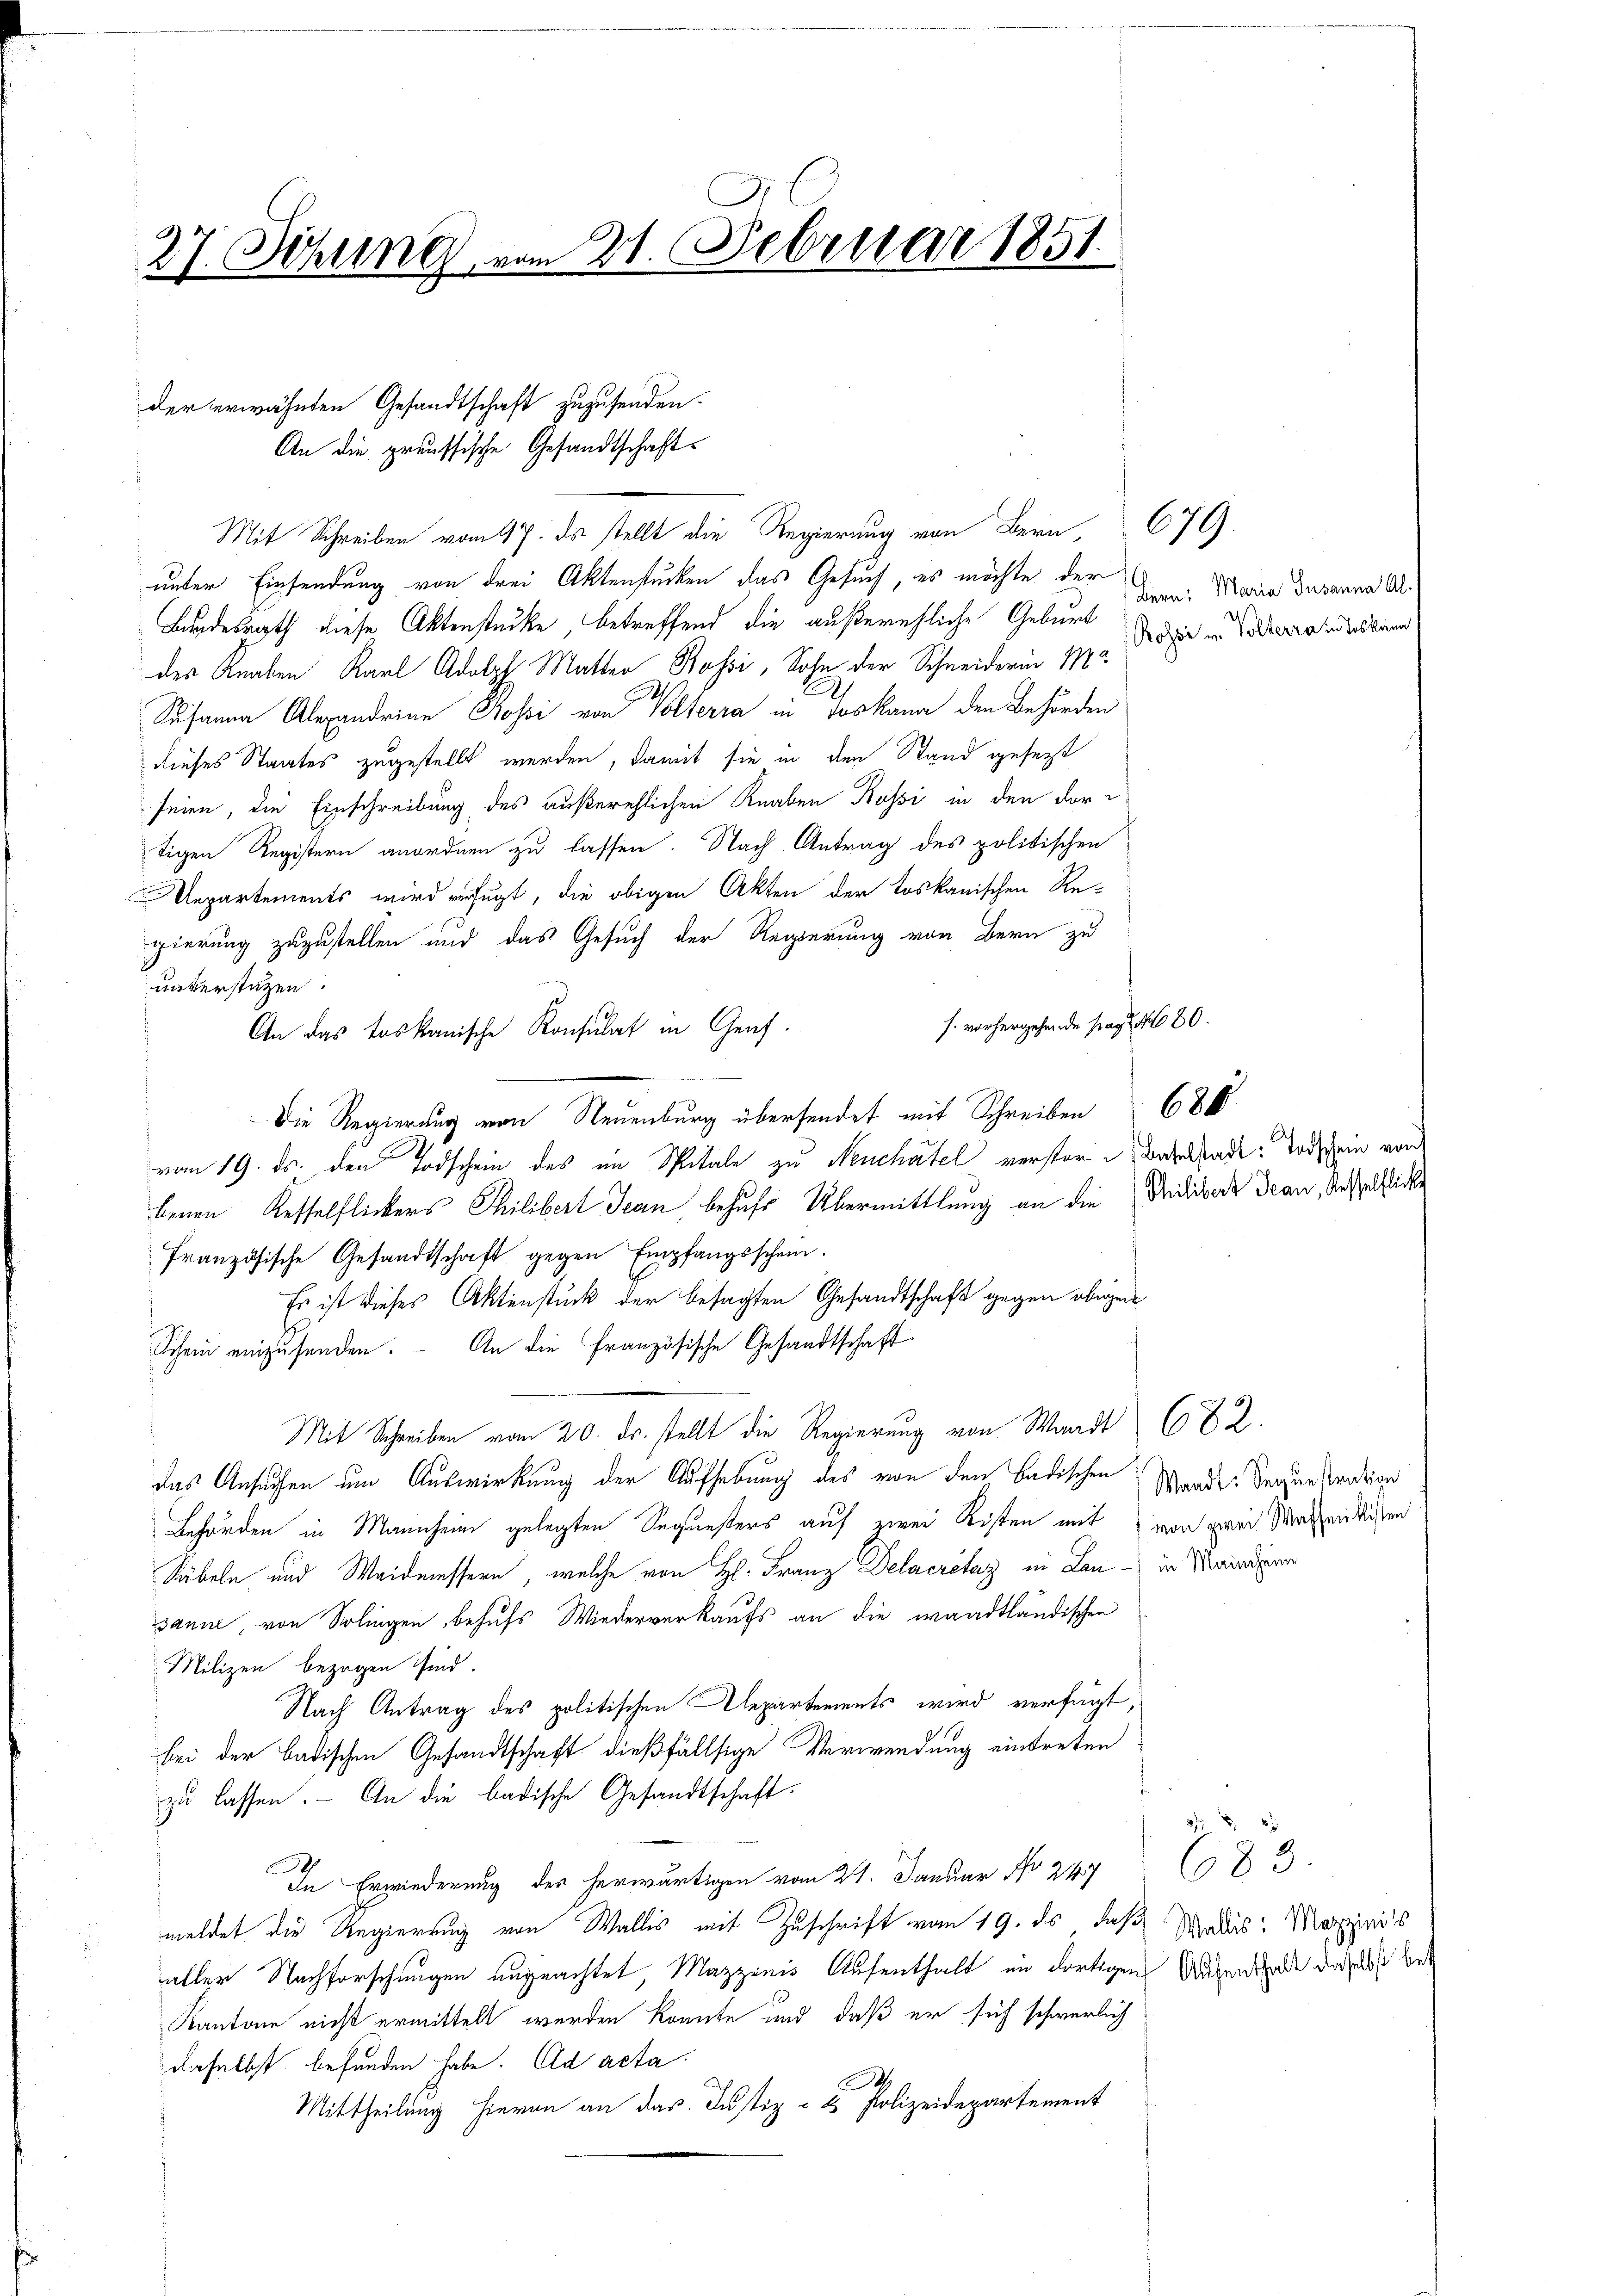
27. Sitzung vom 21. Februar 1851.

An die preussische Gesandtschaft¬

der erwähnten Gesandtschaft zuzusenden.

Mit Schreiben vom 17. ds stellt die Regierung von Bern 679.
unter Einsendung von drei Aktenstücken das Gesuch, es möchte der
Bundesrath diese Aktenstücke, betreffend die außerehliche Geburt
des Knaben Karl Adolph Matter Bossi, Sohn der Schneiderin M
Susanna Alexandrine Rossi von Volterra in das kann den Behörden
dieses Staates zugestellt werden, damit sie in den Stand gesezt
seien, die Einschreibung des außerehlichen Knaben Kossi in den dortigen Registern anordnen zu lassen. Nach Antrag des politischen
Aepartements wird verfügt, die obigen Akten der toskanischen Re-
gierung zuzustellen und das Gesuch der Regierung von Bern zu
unterstützen.
s. vorhergehende pag. 4680.
An das toskanische Konsulat in Graf.
Die Regierung von Neuenburg übersendet mit Schreiben 680
vom 19. ds. den Todschein des im Spitale zu Neuchatel verstor Barkadt: Todschein von
benen Kesselflickers Thilibert Jean, behufe Übermittlung an die idiors Dran, Testaltlic
französische Gesandtschaft gegen Empfangsschein.
Es ist dieses Aktenstück der besagten Gesandtschaft gegen obigen
Schein einzusenden. – An die Französische Gesandtschaft
Mit Schreiben vom 20. ds. stellt die Regierung von Waadt 682.
das Ansuchen um Auswirkung der Aufhebung des von den Badischen Wande Segen stration
Behörden in Mannheim gelegten Sequesters auf zwei Kosten mit von zwei Maschenkisten
Säbeln und Waidmessern, welche von H. Franz Delacrétaz in Lan - in Mannern
sanne, von Solingen, behufs Wiederverkaufs an die waadtländischen
Milizei bezogen sind.
Nach Antrag des politischen Departements wird verfügt,
bei der badischen Gesandtschaft dießfällsige Verwendung eintreten
zu lassen. An die badische Gesandtschaft
In Erwiederung der herwärtigen vom 21. Januar No 247
meldet die Regierung von Wallis mit Zuschrift vom 19. ds daß Wadis: Marienis
aller Nachforschungen ungeachtet, Mazzinis Aufenthalt in dortigen Aufenthalt derselbst be
Kantone nicht ermittelt werden könnte und daß er sich schwerlich
daselbst befunden habe. Ad acta
Mittheilung hievon an das Justiz- & Polizeidepartement

Bern, Maria Susanna Al.
Rossi u. Volterra in Loskana

683.